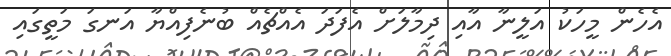
އެހެން މީހަކު އަލީނާ އާއި ދިމާލަށް އެފަދަ އެއްޗެއް ބުނެފިއްޔާ އަނގަ މަތީގައި